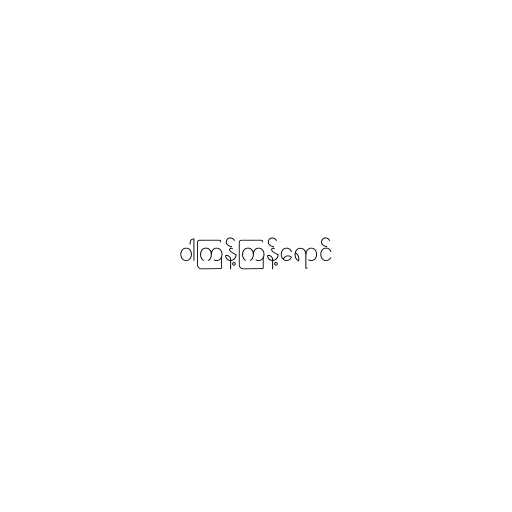
ဝါကြန့်ကြန့်ရောင်